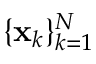
\{ \mathbf { x } _ { k } \} _ { k = 1 } ^ { N }